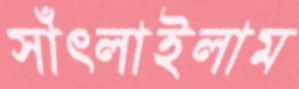
সাঁৎলাইলাম